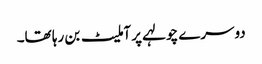
دوسرے چولہے پر آملیٹ بن رہا تھا۔